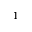
^ { 1 }